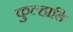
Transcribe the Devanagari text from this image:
कुल्हाडि